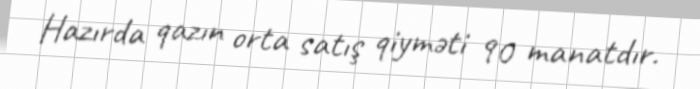
Hazırda qazın orta satış qiyməti 90 manatdır.